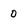
Character: 0